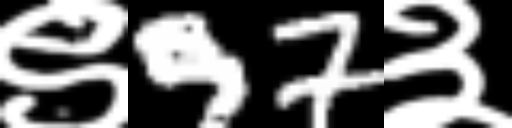
Text: ९97३